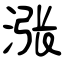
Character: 涨